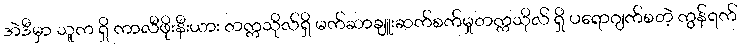
အဲဒီမှာ သူက ရှိ ကာလီဖိုးနီးယား တက္ကသိုလ်ရှိ မက်ဆာချူးဆက်စက်မှုတက္ကသိုလ် ရှိ ပရောဂျက်စတဲ့ ကွန်ရက်